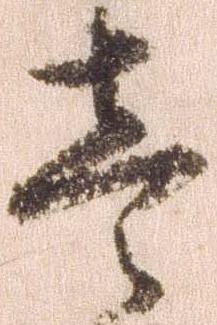
壱